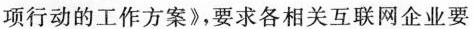
项行动的工作方案》，要求各相关互联网企业要